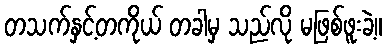
တသက်နှင့်တကိုယ် တခါမှ သည်လို မဖြစ်ဖူးခဲ့။